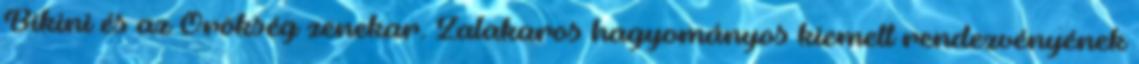
Bikini és az Örökség zenekar. Zalakaros hagyományos kiemelt rendezvényének